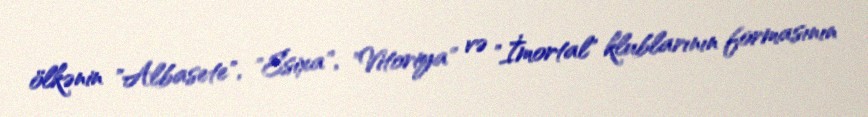
ölkənin "Albasete", "Esixa", "Vitoriya" və "İmortal" klublarının formasının